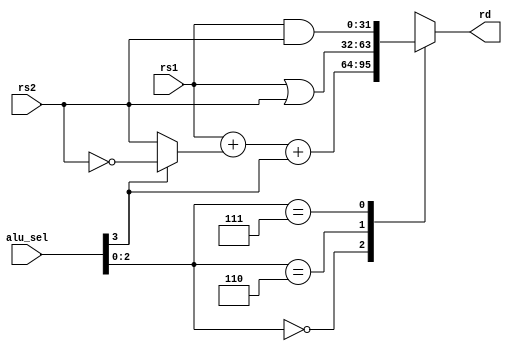
/////////////
/// ALU 
///////////////
`timescale 1ps/1ps 
module ALU (
			
			output reg [31:0] rd, 
			input [31:0] rs1, 
			input [31:0] rs2, 
			input [3:0] alu_sel
);
			////Parameters
			parameter SUM = 3'b000;
			parameter OR  = 3'b110;
			parameter AND = 3'b111;
			////wires
			wire [31:0] sum;
			wire [31:0] add_sub;

		assign #50 add_sub = alu_sel[3] ? ~rs2 : rs2;   /// last bit ? if 1  sub rs1-rs2, if 0 rs1+rs2 
		assign #50 sum = rs1 + add_sub + alu_sel[3];


		always@ (*)
				begin  #50
			case (alu_sel[2:0])
			SUM:     begin 	    rd = sum ;       	end
			OR:      begin 	    rd = rs1 | rs2 ; 	end 
			AND:     begin 	    rd = rs1 & rs2 ;    end
			default: begin      rd = 32'bx; 	    end
			endcase 
			end 
endmodule